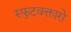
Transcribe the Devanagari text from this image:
स्फुटवक्तारो